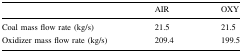
|  | AIR | OXY |
 | --- | --- | --- |
 | Coal mass flow rate (kg/s) | 21.5 | 21.5 |
 | Oxidizer mass flow rate (kg/s) | 209.4 | 199.5 |